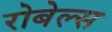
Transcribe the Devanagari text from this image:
रोबेल्‍स